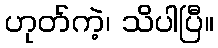
ဟုတ်ကဲ့၊ သိပါပြီ။